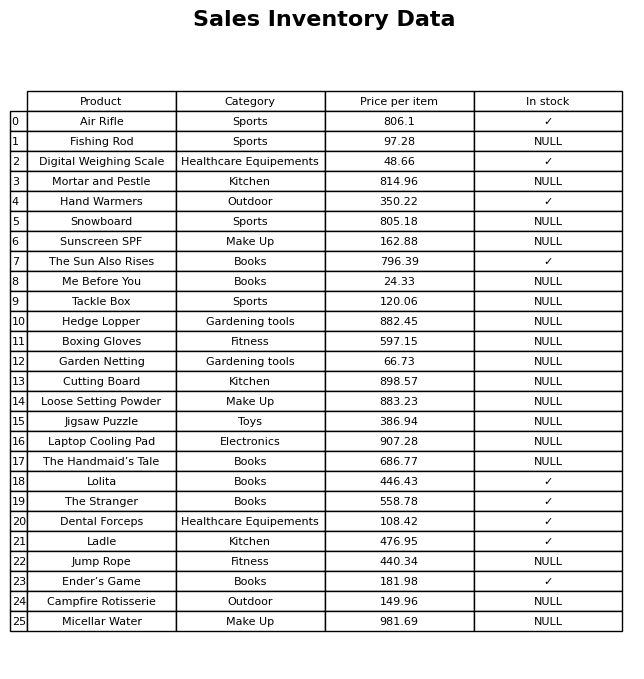
question: What is the price for Sunscreen SPF?
answer: The price of Sunscreen SPF is 162.88.